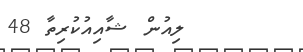
ލިއުން ޝާއިއުކުރިތާ 48